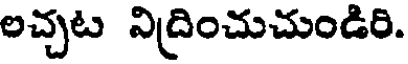
లచ్చట నిద్రించుచుండిరి.